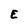
Character: E